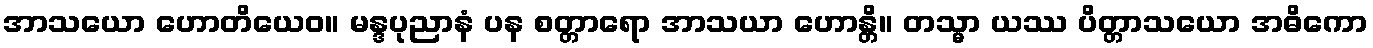
အာသယော ဟောတိယေဝ။ မန္ဒပုညာနံ ပန စတ္တာရော အာသယာ ဟောန္တိ။ တသ္မာ ယဿ ပိတ္တာသယော အဓိကော